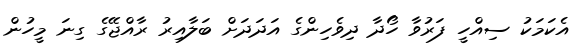
އެކަމަކު ސިއްހީ ފަރުވާ ހޯދާ ދިވެހިންގެ އަދަދަށް ބަލާއިރު ރާއްޖޭގެ ގިނަ މީހުން